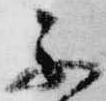
不